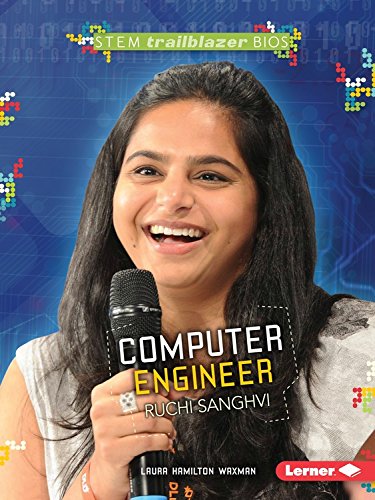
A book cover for Computer Engineer Ruchi Sanghvi (STEM Trailblazer Bios); Laura Hamilton Waxman; Children's Books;